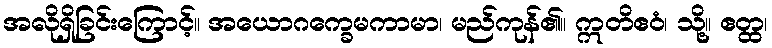
အလိုရှိခြင်းကြောင့်။ အယောဂက္ခေမကာမာ၊ မည်ကုန်၏။ ဣတိဧဝံ၊ သို့။ ဧတ္ထ၊